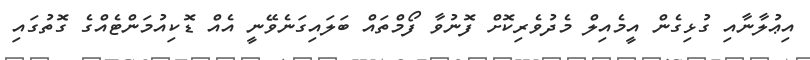
އިޢުލާނާއި ގުޅިގެން އީމެއިލް މެދުވެރިކޮށް ފޮނުވާ ފޯމްތައް ބަލައިގަނެވޭނީ އެއް ޑޮކިއުމަންޓެއްގެ ގޮތުގައި